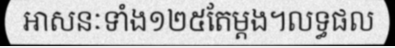
អាសនៈទាំង១២៥តែម្តង។លទ្ធផល